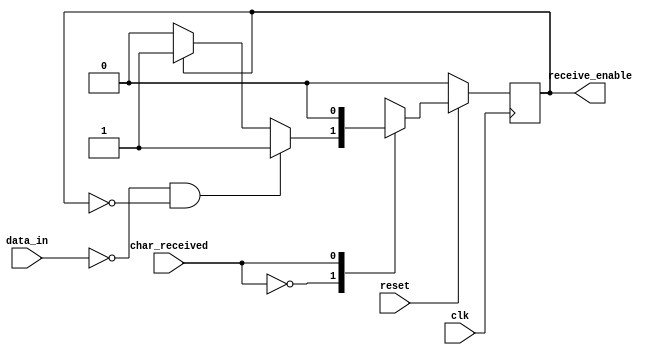
module sb_detect (receive_enable, reset, clk, data_in, char_received);
	output reg receive_enable;
	input reset, clk;
	input data_in, char_received;
	
	initial receive_enable = 1'b0;
	always@(negedge clk)
	if(reset) begin
	case(char_received)
		1'b0: if(!data_in & 1'b0 == receive_enable) receive_enable = 1'b1;
				else if(1'b1 == receive_enable) receive_enable = 1'b1;
				else receive_enable = 1'b0;
		1'b1: receive_enable = 1'b0;
		default receive_enable = 1'b0;
	endcase
	end
	else 
	receive_enable <= 1'b0;
endmodule